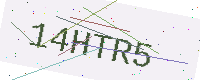
Text: 14HTR5